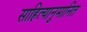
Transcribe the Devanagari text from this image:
साहित्यानुमानित